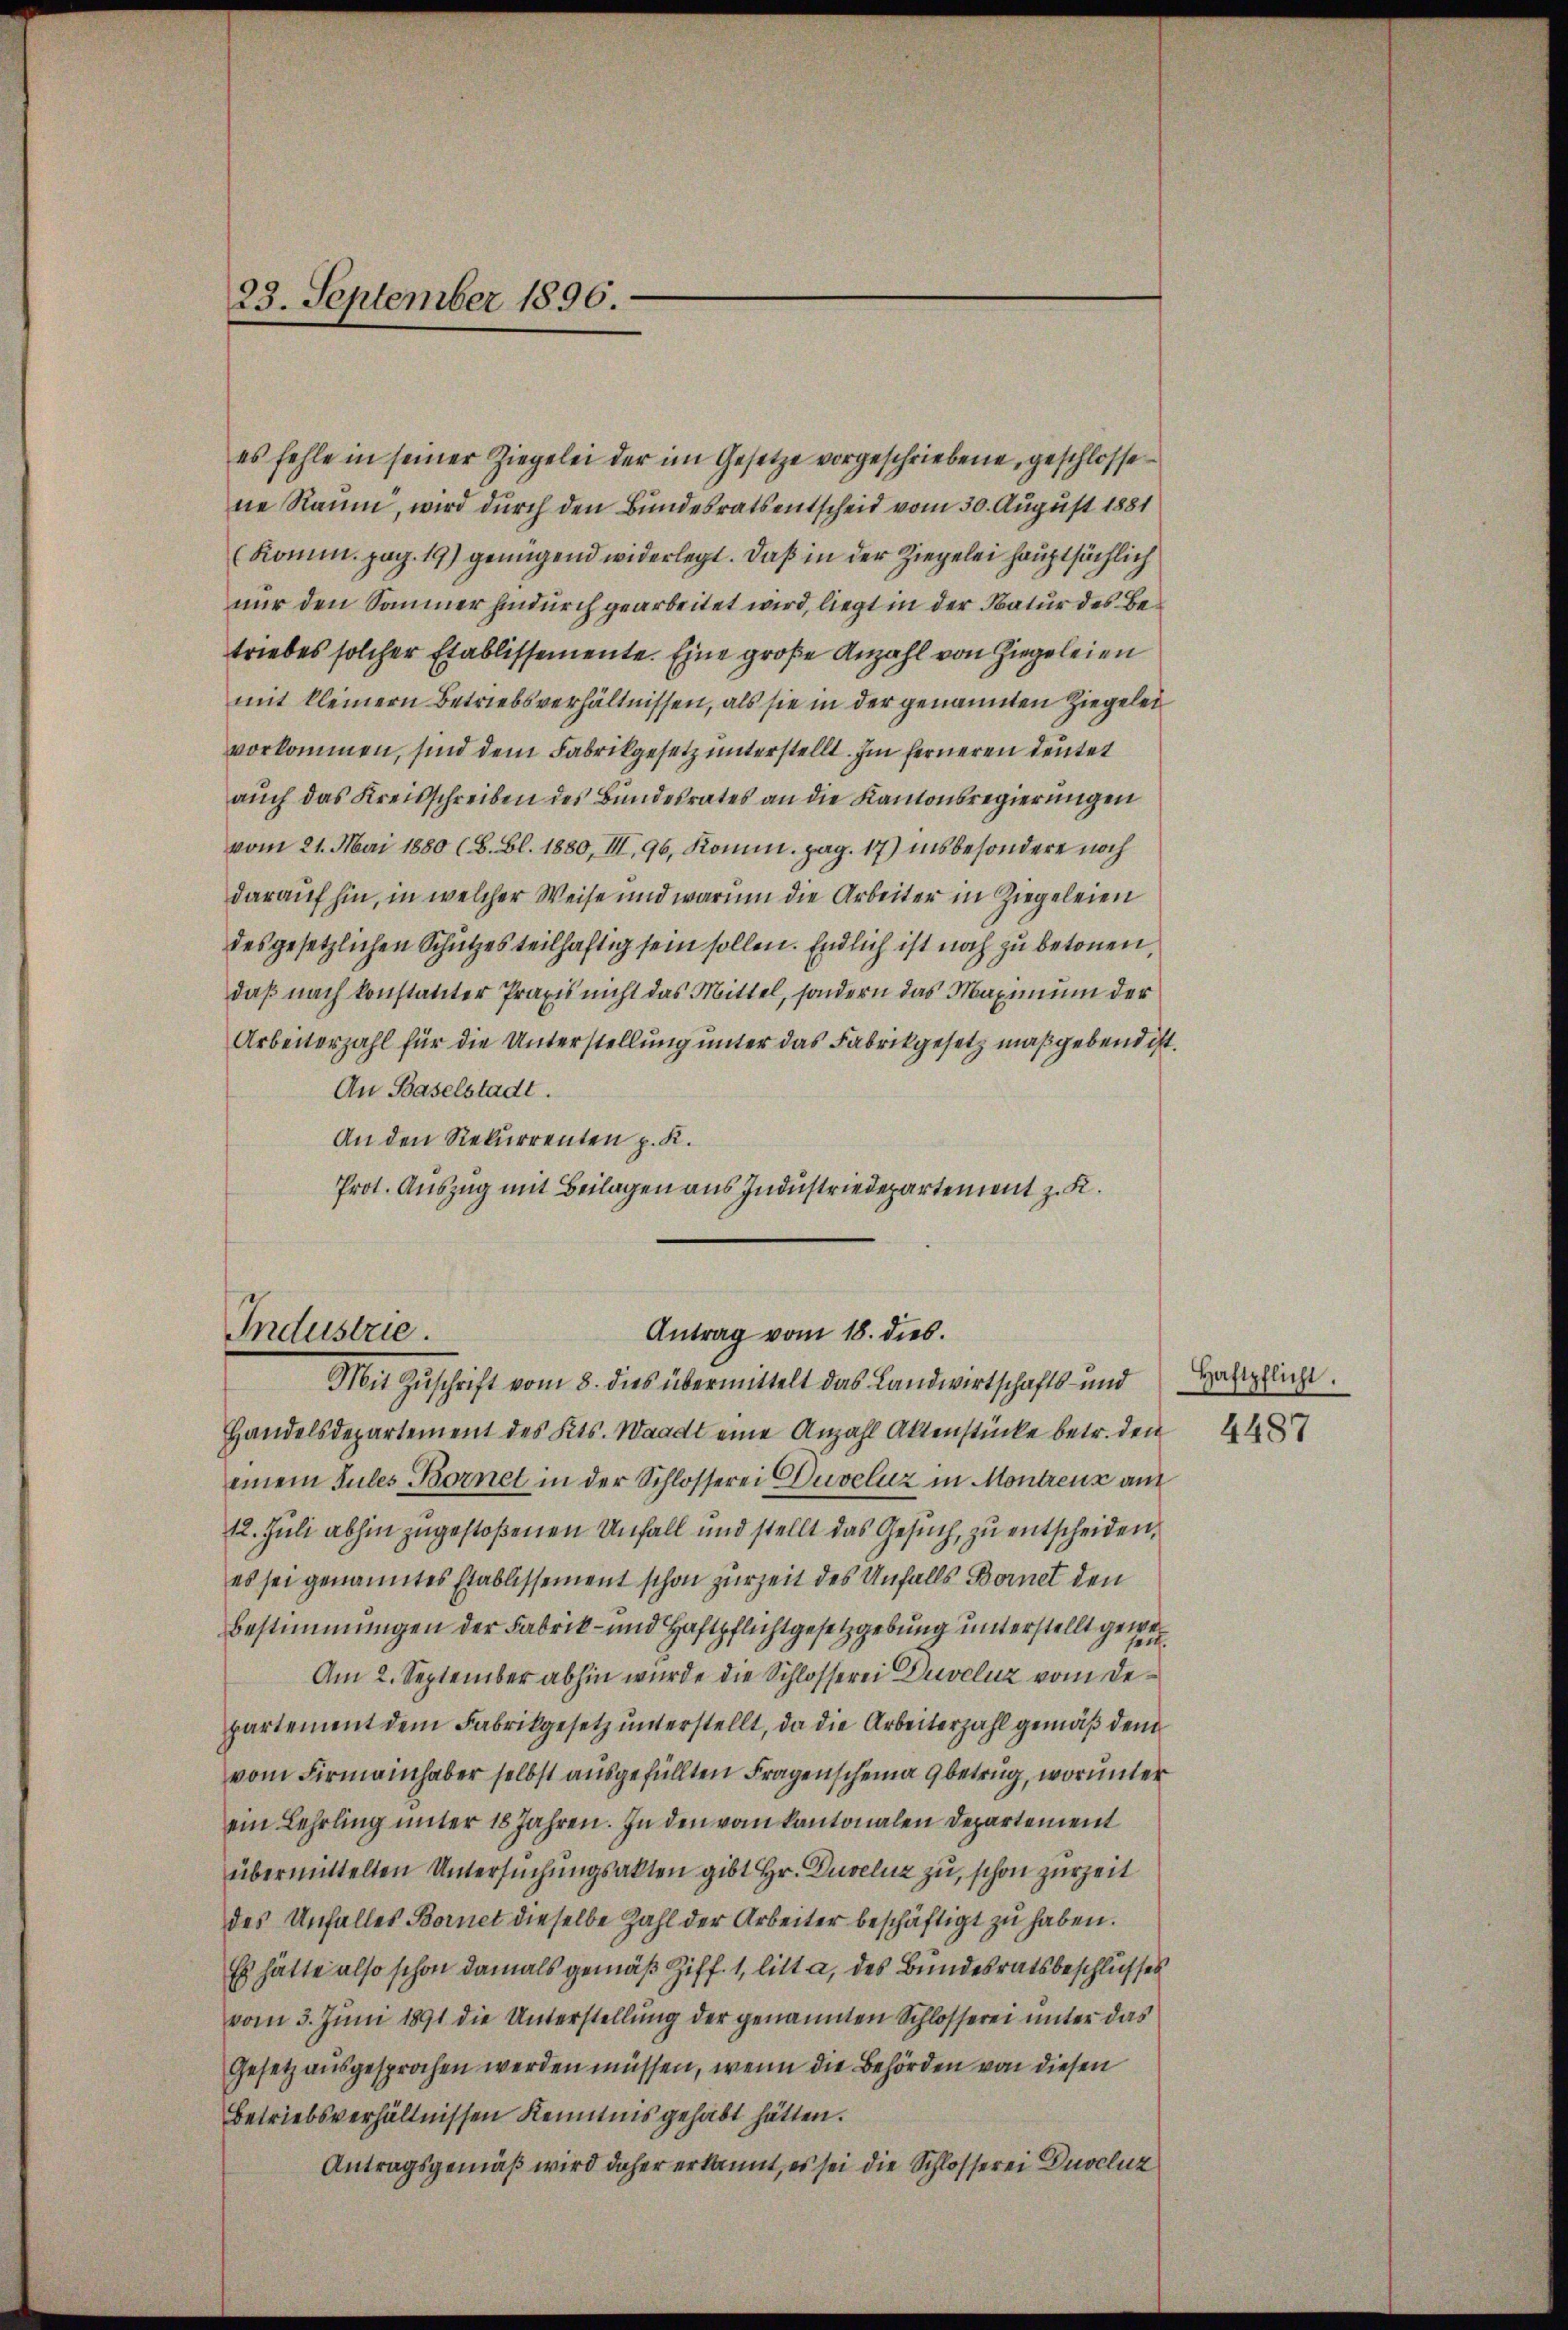
23. September 1896.

es fehle in seiner Ziegelei der im Gesetze vorgeschriebene, geschlossene Raum, wird durch den Bundesratsentscheid vom 30. August 1881
(Komm. pag. 19) genügend widerlegt. Daß in der Ziegelei hauptsächlich
nur den Sammer hindurch gearbeitet wird, liegt in der Natur des Betriebes solcher Etablissemente. Eine große Anzahl von Ziegeleien
mit kleinern Betriebsverhältnissen, als sie in der genannten Ziegelei
vorkommen, sind dem Fabrikgesetz unterstellt. Im ferneren deutet
auch das Kreisschreiben des Bundesrates an die Kantonsregierungen
vom 21. Mai 1880 (8. Bl. 1880, III, 96, Komm. pag. 17) insbesondere noch
darauf hin, in welcher Weise und warum die Arbeiter in Ziegeleien
des gesetzlichen Schutzes teilhaftig sein sollen. Endlich ist noch zu betonen,
daß nach konstatter Praxis nicht das Mittel, sondern das Maximum der
Arbeiterzahl für die Unterstellung unter das Fabrikgesetz maßgebend ist.
An Baselstadt.
An den Rekurrenten p. K.
Prot. Auszug mit Beilagen aus Industriedepartement z. K.
Industrie.
Antrag vom 18. dies.
Mit Zuschrift vom 8. dies übermittelt das Landwirtschafts- und
Handelsdepartement des Kts. Waadt eine Anzahl Aktenstücke betr. den 487
einem Sules Bornet in der Schlosserei Duveluz in Montreuz auf
12. Juli abhin zugestoßenen Unfall und stellt das Gesuch, zu entscheiden,
es sei genanntes Etablissement schon zurZeit des Unfalls Bornet den
Bestimmungen der Fabrik- und Haftpflichtgesetzgebung unterstellt gew
Am 2. September abhin wurde die Schlosserei Duveluz vom Departement dem Fabrikgesetz unterstellt, da die Arbeiterzahl gemäß dem
vom Firmainhaber selbst ausgefüllten Fragenscheina 9 betrug, worunter
ein Lehrling unter 18 Jahren. In den vom Kantonalen Departement
übermittelten Untersuchungsakten gibt Hr. Duveluz zu, schon zurZeit
des Unfalles Bornet dieselbe Zahl der Arbeiter beschäftigt zu haben.
Es hätte also schon damals gemäß Ziff. 1, litt a, des Bundesratsbeschlusses
vom 3. Juni 1891 die Unterstellung der genannten Schlosserei unter das
Gesetz ausgesprochen werden müssen, wenn die Behörden von diesen
Betriebsverhältnissen Kenntnis gehabt hätten.
Antragsgemäß wird daher erkannt, es sei die Schlosserei Duvcluz

Haftpflicht.